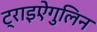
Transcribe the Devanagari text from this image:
ट्राइऐंगुलिन